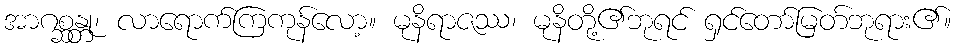
အာဂစ္ဆန္တု၊ လာရောက်ကြကုန်လော့။ မုနိရာဇဿ၊ မုနိတို့၏ဘုရင် ရှင်တော်မြတ်ဘုရား၏။